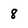
Character: 8